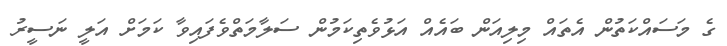
ގެ މަސައްކަތުން އެތައް މިލިއަން ބައެއް އަޅުވެތިކަމުން ސަލާމަތްވެފައިވާ ކަމަށް އަލީ ނަސީރު